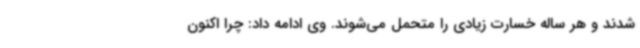
شدند و هر ساله خسارت زیادی را متحمل می‌شوند. وی ادامه داد: چرا اکنون